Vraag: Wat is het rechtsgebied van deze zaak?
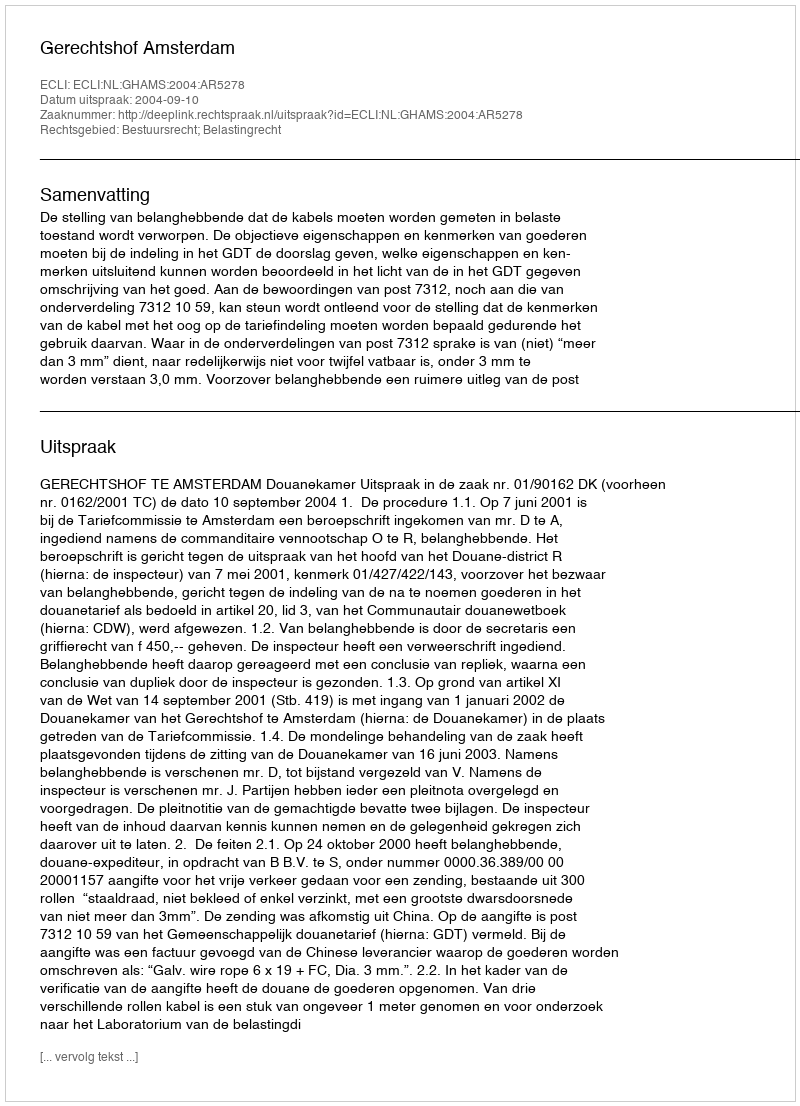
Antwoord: Bestuursrecht; Belastingrecht